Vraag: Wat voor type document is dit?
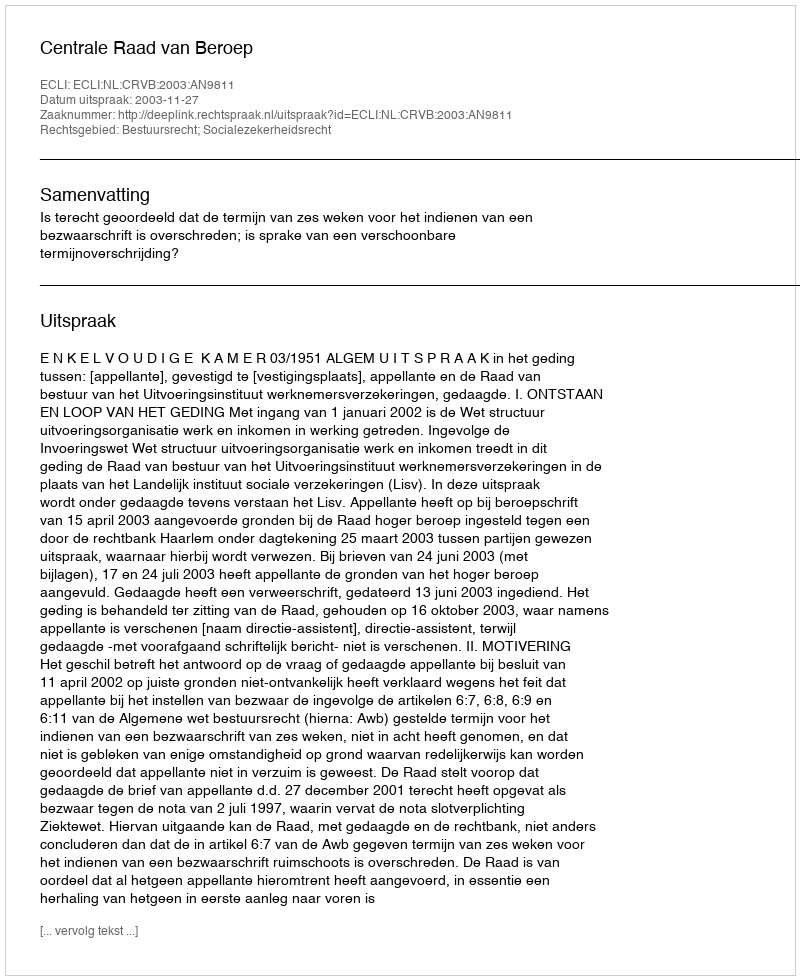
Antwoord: Uitspraak